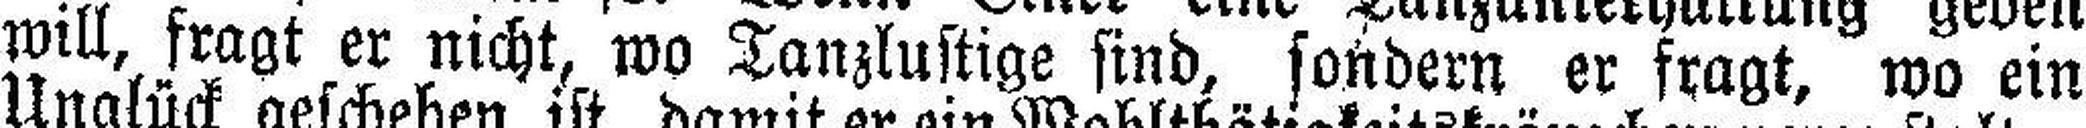
will, fragt er nicht, wo Tanzlustige sind, sondern er fragt, wo ein